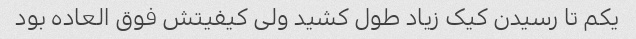
یکم تا رسیدن کیک زیاد طول کشید ولی کیفیتش فوق العاده بود